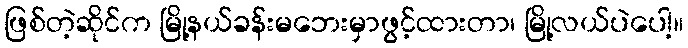
ဖြစ်တဲ့ဆိုင်က မြို့နယ်ခန်းမဘေးမှာဖွင့်ထားတာ၊ မြို့လယ်ပဲပေါ့။